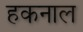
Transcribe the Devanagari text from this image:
हकनाल